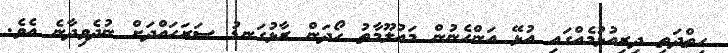
ހިތްދަތި ދިރިއުޅުމެއްގައި އުޅޭ އަންހެނުން މައުލޫމާތު ހޯދަން ރާޅުގަނޑު ސަރަހައްދަށް ނުދެވިދާނެ އެވެ.